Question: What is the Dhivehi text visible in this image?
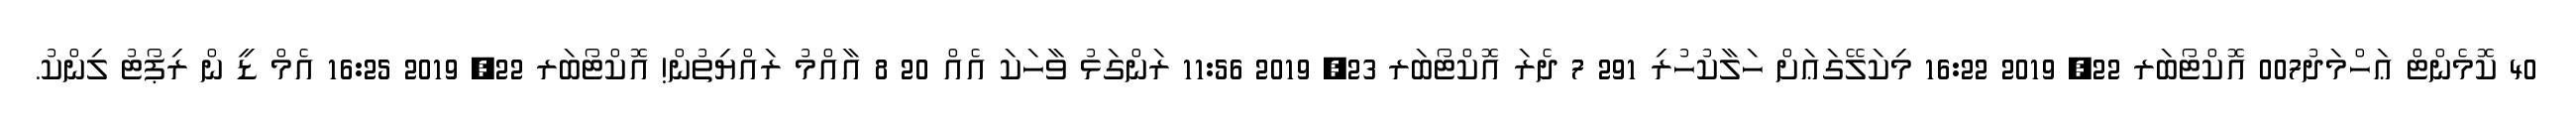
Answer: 40 ކޮމެންޓް ޢަހްމަދު007 އޮކްޓޯބަރ 22, 2019 16:22 މިކަލޭގަޢަށް ހަލާކުހުރި 291 7 ދެރަ އޮކްޓޯބަރ 23, 2019 11:56 ރަންގަޅު ވާހަކަ އެއް 20 8 އާއްމު ރައްޔިތުން! އޮކްޓޯބަރ 22, 2019 16:25 އެމް ޑީ ން ރިޕޯޓު ލިންކު.